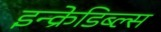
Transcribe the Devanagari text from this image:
इन्क्रेडिब्ल्स